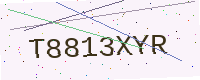
Text: T8813XYR